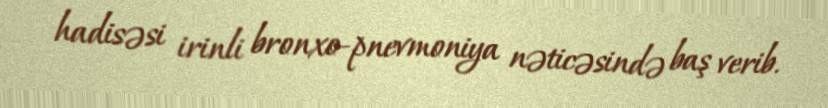
hadisəsi irinli bronxo-pnevmoniya nəticəsində baş verib.